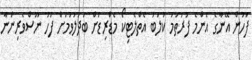
ފަހުން އޭނާގެ އެންމެ ފުރަތަމަ ކުލަބު އެތްލެޓިކޯ މެޑްރިޑަށް ބަދަލުވުމަށް ފަހު ނޫސްވެރިންނާ